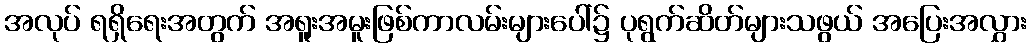
အလုပ် ရရှိရေးအတွက် အရူးအမူးဖြစ်ကာလမ်းများပေါ်၌ ပုရွက်ဆိတ်များသဖွယ် အပြေးအလွှား